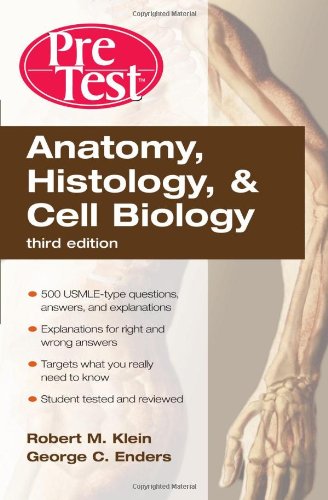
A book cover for Anatomy, Histology, and Cell Biology PreTestEE¢ Self-Assessment and Review, Third Edition (PreTest Basic Science); Robert Klein; Medical Books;